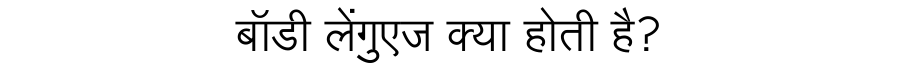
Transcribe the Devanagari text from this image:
बॉडी लेंगुएज क्या होती है?